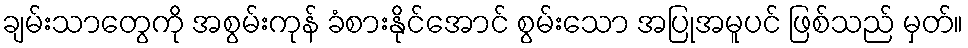
ချမ်းသာတွေကို အစွမ်းကုန် ခံစားနိုင်အောင် စွမ်းသော အပြုအမူပင် ဖြစ်သည် မှတ်။